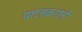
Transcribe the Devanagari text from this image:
पाटसकरांनी